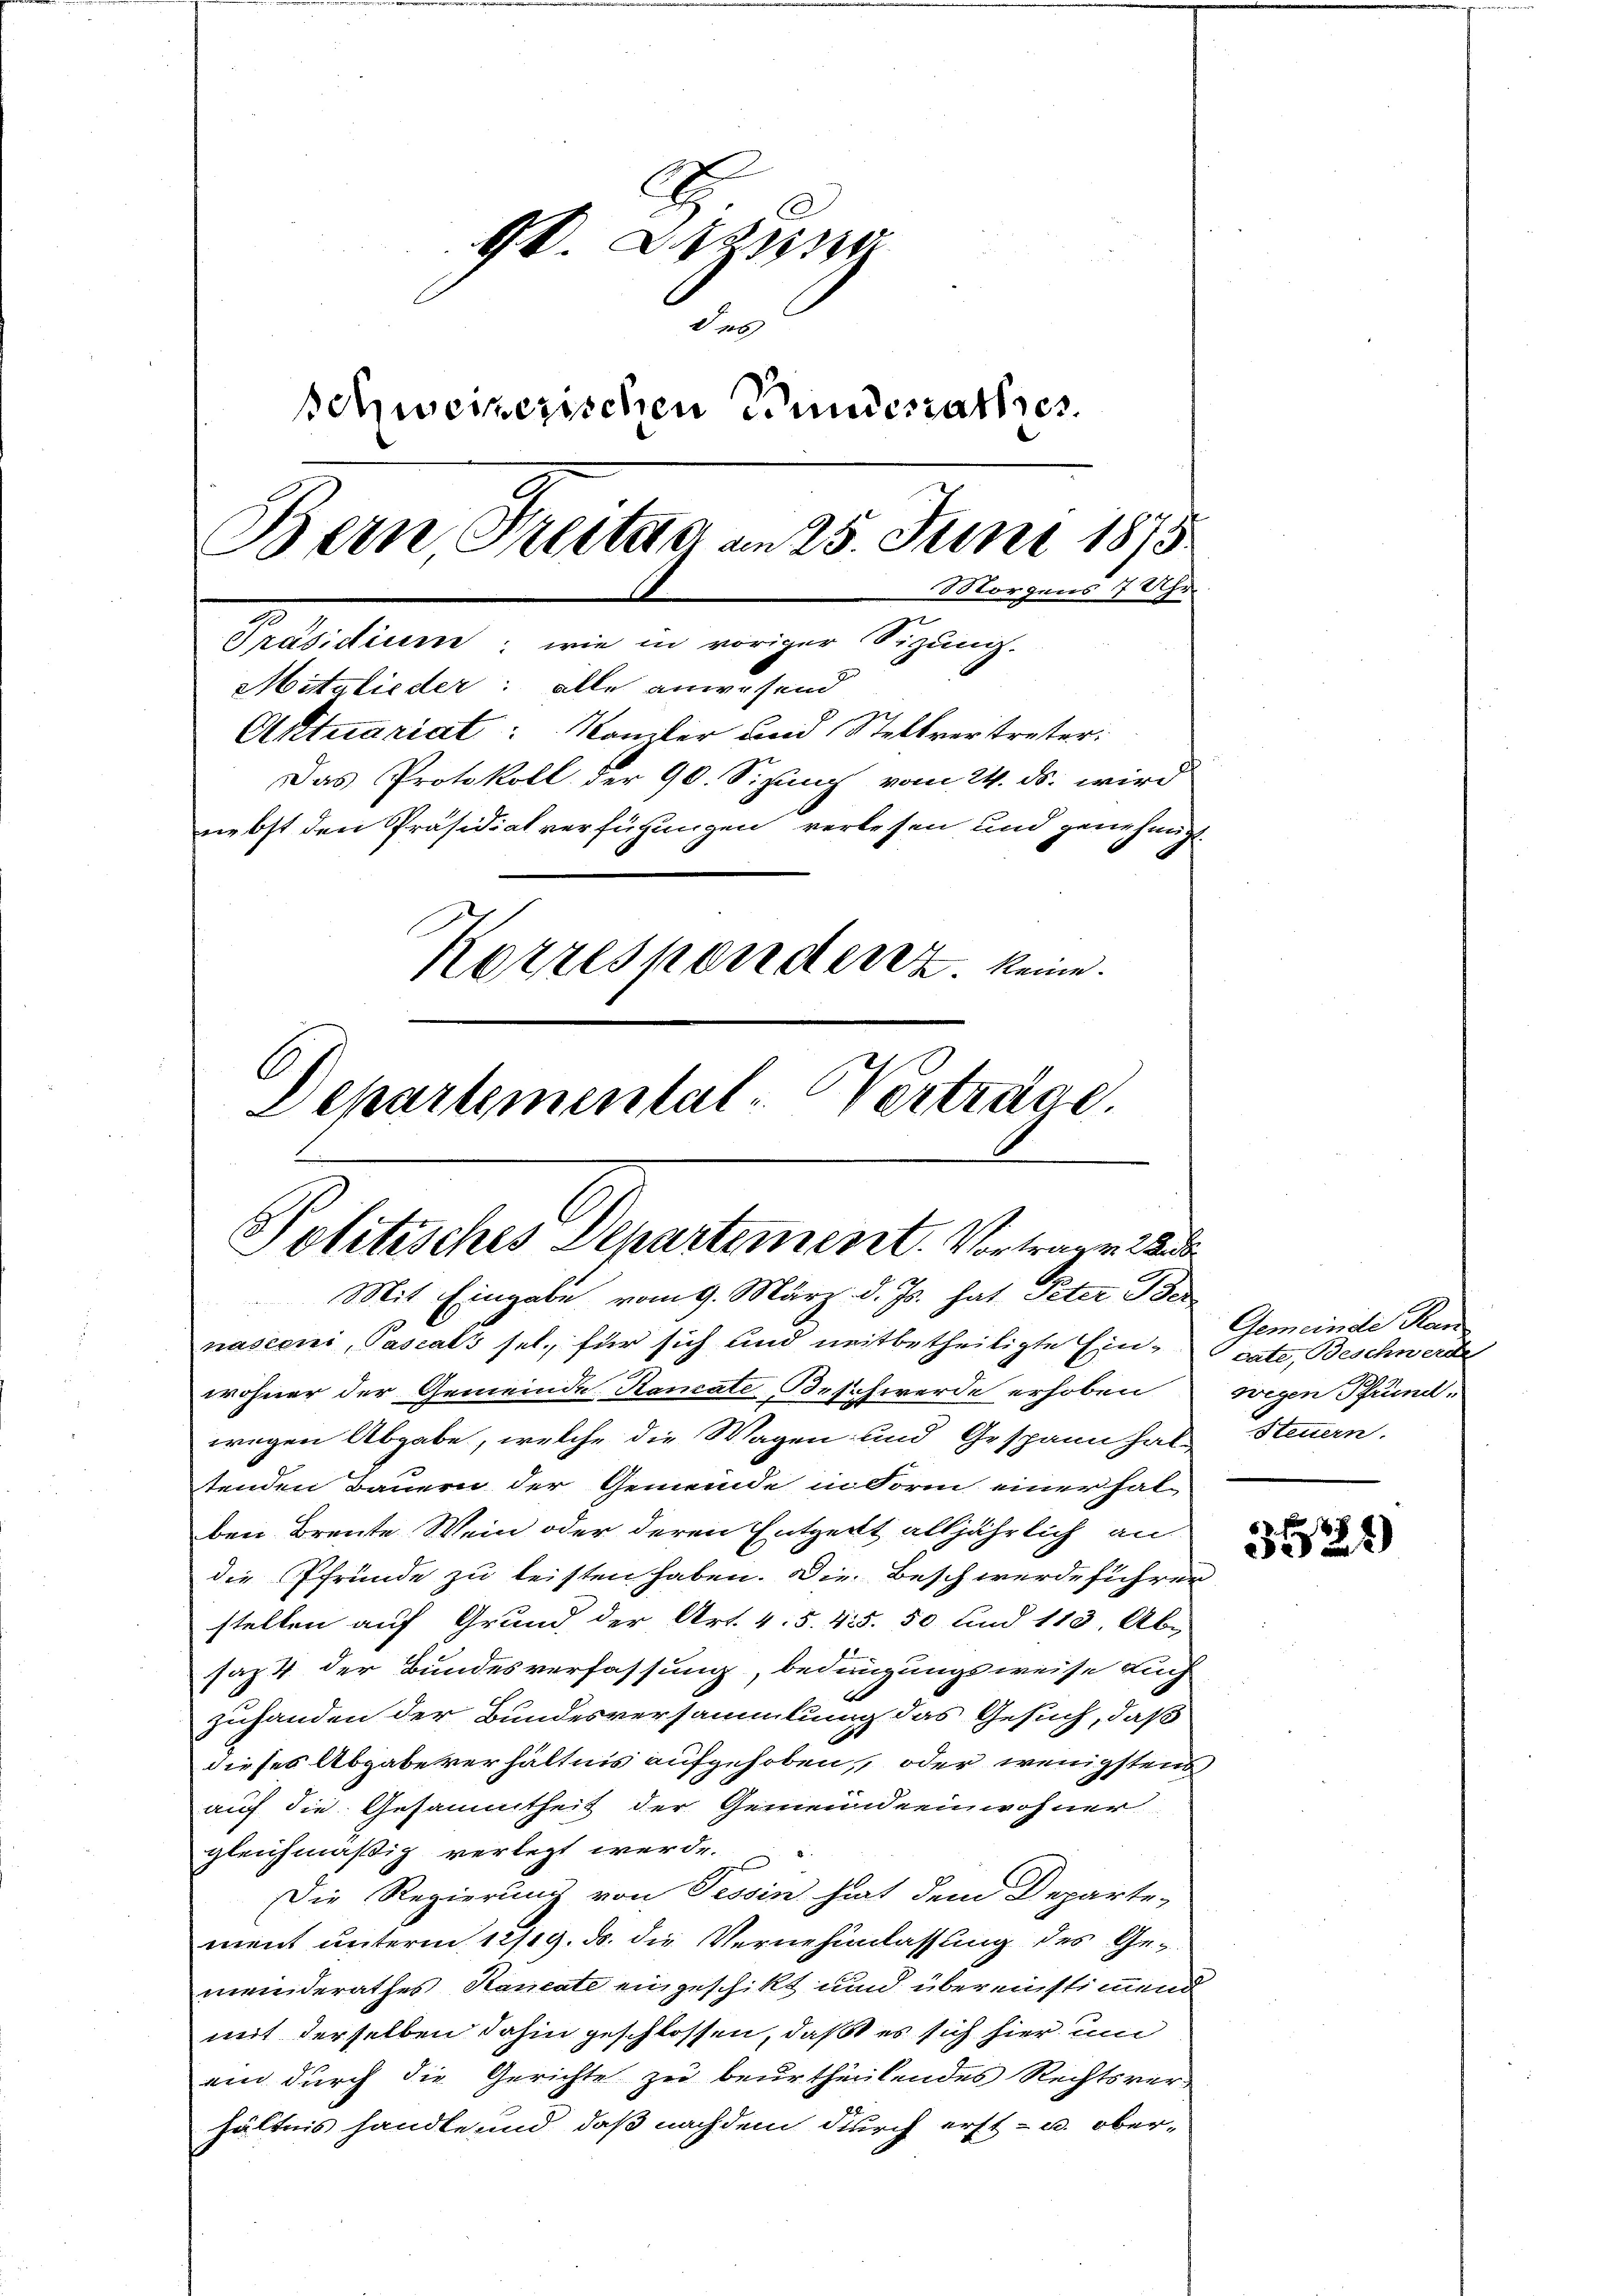
. Sitzung
des
Schweizerischen Bundesrathes.
Bern Prestern am 25. Juni 1875
Morgens 7 Uhr.
Präsidium, wie in voriger Sizung.
Mitglieder: alle anwesend
Arttuariat Kamler und Stellvertreter:
Das Protokoll der 90. Sizung vom 24. ds. wird
nebst den Präsidialverfügungen verlesen und genehmigt.
Korresponderez. keine
Departemental-Verträge.

Politisches Departement. Vortrage d
Mit Eingabe vom 9. März d. Js. hat Peter Ide

nasconi, Pascals sel., für sich und neitbetheiligte Ein vate, Beschwerde
wohner der Gemeinde Rancate-Beschwerde erhoben wegen Pfrund-
wegen Abgabe, welche die Wagen und Gespann hat
tenden Bauern der Gemeinde in Form einer hal-
ben Brente Wein oder deren Entzeit alljährlich an
die Pfründe zu leisten haben. Die Beschwerdeführer
stellen auf Grund der Art. 4. 5. 435. 50 und 113. Abe
saz 4 der Bundesverfassung, bedingungsweise auch
zuhanden der Bundesversammlung das Gesuch, daß
dieses Abgabe verhältnis aufgehoben, oder wenigstens
auf die Gesammtheit der Gemeindeeinwohner
gleichmäßig verletzt werde.
Die Regierung von Tessin hat dem Departe-
ment unterm 12/19. ds. die Vernehmlassung des Gemeinderathes Raucate eingeschikt und übereinstimmend
mit derselben dahin geschlossen, daß es sich hier un
ein durch die Gerichte zu beurtheilendes Rechtsver-
hältnis handle und daß nachdem durch erst- u. ober¬

Gemeinde Han
Steuern.

3521